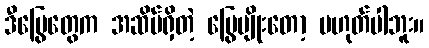
ဒီမြွေတွေက အဆိပ်ရှိတဲ့ မြွေမျိုးတော့ မဟုတ်ပါဘူး။